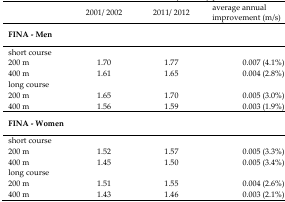
<table><thead><tr><td></td><td><b>2001/ 2002</b></td><td><b>2011/ 2012</b></td><td><b>average annual improvement (m/s)</b></td></tr></thead><tbody><tr><td><b>FINA - Men</b></td><td></td><td></td><td></td></tr><tr><td>short course</td><td></td><td></td><td></td></tr><tr><td>200 m</td><td>1.70</td><td>1.77</td><td>0.007 (4.1%)</td></tr><tr><td>400 m</td><td>1.61</td><td>1.65</td><td>0.004 (2.8%)</td></tr><tr><td>long course</td><td></td><td></td><td></td></tr><tr><td>200 m</td><td>1.65</td><td>1.70</td><td>0.005 (3.0%)</td></tr><tr><td>400 m</td><td>1.56</td><td>1.59</td><td>0.003 (1.9%)</td></tr><tr><td><b>FINA - Women</b></td><td></td><td></td><td></td></tr><tr><td>short course</td><td></td><td></td><td></td></tr><tr><td>200 m</td><td>1.52</td><td>1.57</td><td>0.005 (3.3%)</td></tr><tr><td>400 m</td><td>1.45</td><td>1.50</td><td>0.005 (3.4%)</td></tr><tr><td>long course</td><td></td><td></td><td></td></tr><tr><td>200 m</td><td>1.51</td><td>1.55</td><td>0.004 (2.6%)</td></tr><tr><td>400 m</td><td>1.43</td><td>1.46</td><td>0.003 (2.1%)</td></tr></tbody></table>